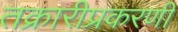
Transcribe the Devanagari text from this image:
तक्रारीप्रकरणी